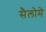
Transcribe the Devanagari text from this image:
सैलोमे